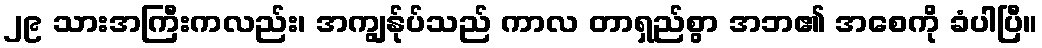
၂၉ သားအကြီးကလည်း၊ အကျွန်ုပ်သည် ကာလ တာရှည်စွာ အဘ၏ အစေကို ခံပါပြီ။